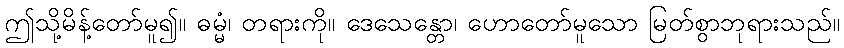
ဤသို့မိန့်တော်မူ၍။ ဓမ္မံ၊ တရားကို။ ဒေသေန္တော၊ ဟောတော်မူသော မြတ်စွာဘုရားသည်။